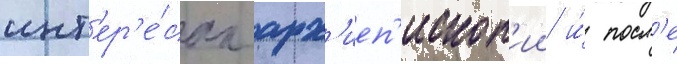
инт'ер'е́сах арх'иеп'ископ'ии и́ посл'е